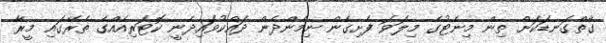
ގާތްގަނޑަކަށް ތިން މިނެޓުގެ މިލަވަ ފެށިގެން ނިމެންދެން ދައްކުވައިދެނީ ކޮޓަރިއެއްގެ ތެރޭގައި މީރާ